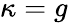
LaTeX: \kappa=g